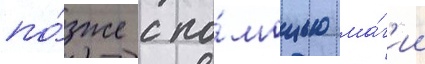
по́зже с по́мощью ма́г'ии